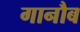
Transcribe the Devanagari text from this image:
गानौब